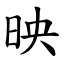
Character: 映